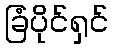
ခြံပိုင်ရှင်